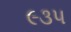
૯૩૫